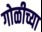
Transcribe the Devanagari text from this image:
गोळीच्या